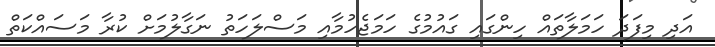
އަދި މިފަދަ ހަމަލާތައް ހިންގައި ގައުމުގެ ހަމަޖެހުމާއި މަސްލަހަތު ނަގާލުމަށް ކުރާ މަސައްކަތް